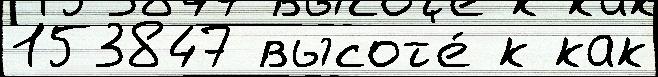
153847 высот'е́ к как